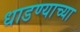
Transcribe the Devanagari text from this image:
धाडण्याच्या